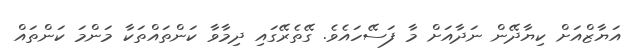
އަޔާޒްއަށް ކިޔާދޭން ނަދާއަށް މާ ފަސޭހައެވެ. ގޭތެރޭގައި ދިމާވާ ކަންތައްތަކާ މަންމަ ކަންތައް